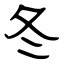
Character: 冬